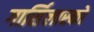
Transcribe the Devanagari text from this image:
गार्सिलास्को